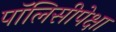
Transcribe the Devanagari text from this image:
पॉलिसीपेक्षा